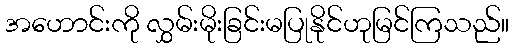
အဟောင်းကို လွှမ်းမိုးခြင်းမပြုနိုင်ဟုမြင်ကြသည်။